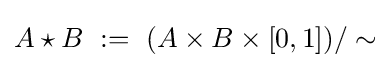
A\star B\ :=\ (A\times B\times [0,1])/\sim